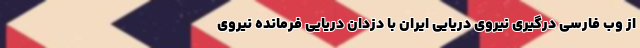
از وب فارسی درگیری نیروی دریایی ایران با دزدان دریایی فرمانده نیروی